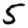
Digit: 5